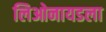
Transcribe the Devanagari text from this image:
लिओनायडला